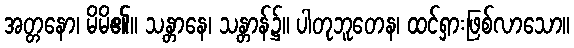
အတ္တနော၊ မိမိ၏။ သန္တာနေ၊ သန္တာန်၌။ ပါတုဘူတေန၊ ထင်ရှားဖြစ်လာသော။